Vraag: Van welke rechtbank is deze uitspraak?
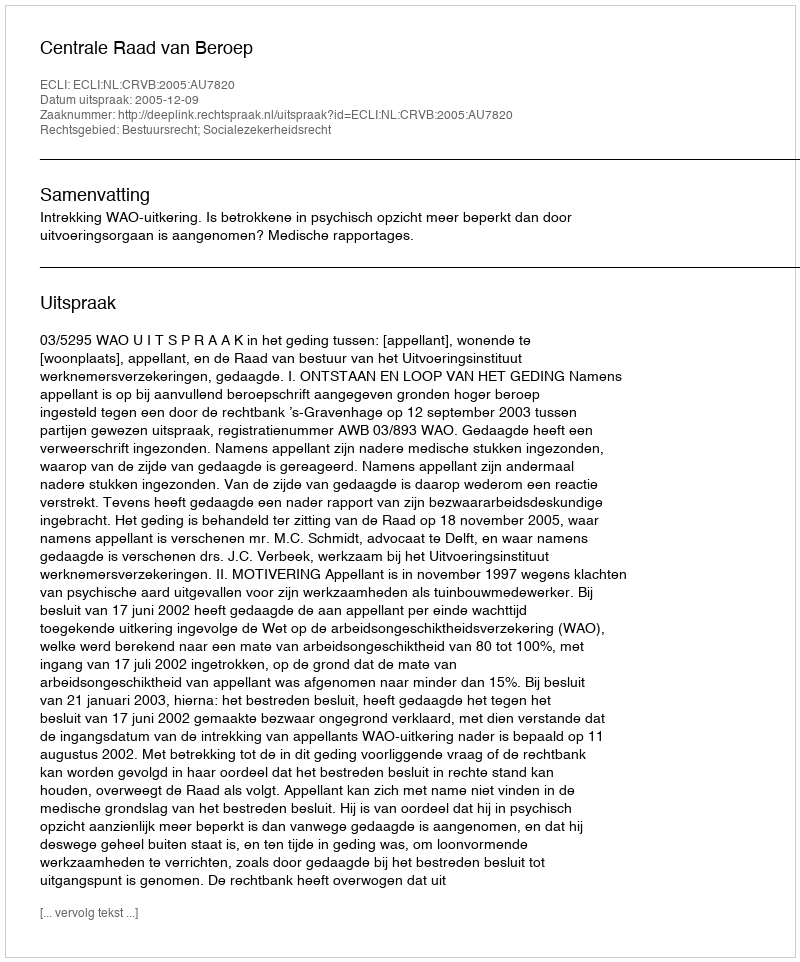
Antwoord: Centrale Raad van Beroep